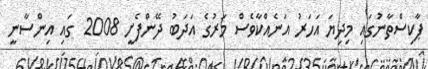
ޕާކިސްތާނުގައި މިދިޔަ އަހަރު އަނެއްކާވެސް މަރުގެ އަދަބު ދޭންފެށީ 2008 ގައި އިންސާނީ